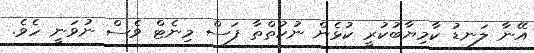
އޭނާ ލަނޑު ކާމިޔާބުކުރީ ކުޅެން ނުކުތްތާ ފަސް މިނެޓް ވެސް ނުވަނީ ހެވެ.